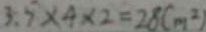
3 . 5 \times 4 \times 2 = 2 8 ( m ^ { 2 } )